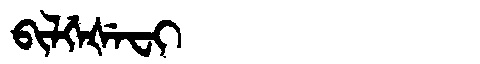
Manchu: ᠪᡳᠯᡤᡝᡧᡝᠸᡳ
Romanization: BILGEŠEFI